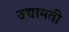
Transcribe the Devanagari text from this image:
उद्यामती